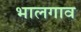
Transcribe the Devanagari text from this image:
भालगाव